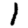
Digit: 1